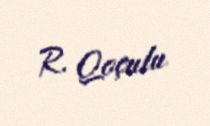
R. Qoçulu